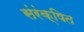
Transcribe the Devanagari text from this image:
संरंक्षित